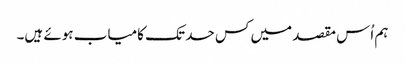
ہم اُس مقصد میں کس حد تک کامیاب ہوئے ہیں۔